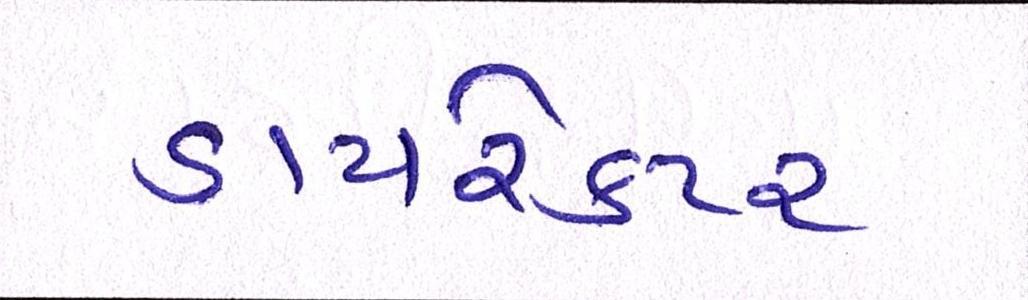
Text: ડાયરેકટર